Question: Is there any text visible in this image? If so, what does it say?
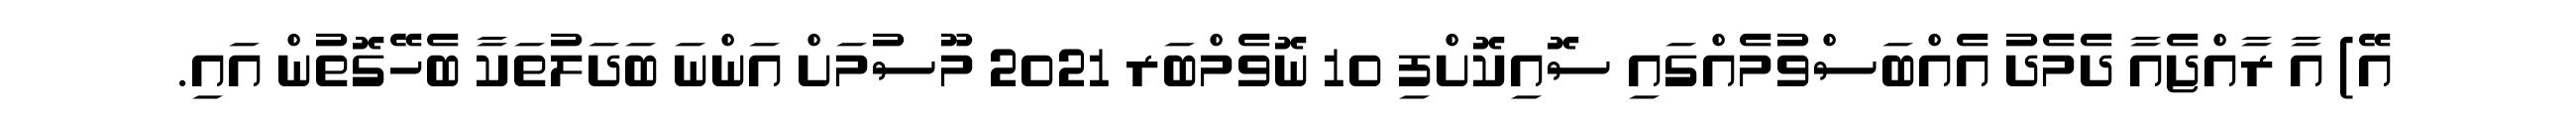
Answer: އޭ) އާ ރާއްޖެއާ ދެމެދު އެއްބަސްވުމެއްގައި ސޮއިކޮށްފި 10 ނޮވެމްބަރ 2021 މޫސުމަށް އަންނަ ބަދަލުތަކާ ބެހޭގޮތުން އައި.